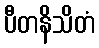
ပီတနိသိတံ